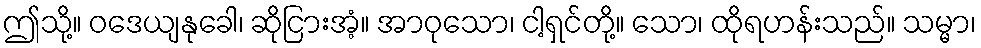
ဤသို့။ ဝဒေယျနုခေါ၊ ဆိုငြားအံ့။ အာဝုသော၊ ငါ့ရှင်တို့။ သော၊ ထိုရဟန်းသည်။ သမ္မာ၊